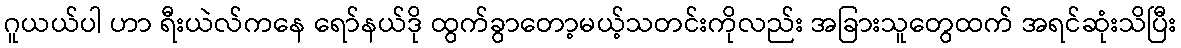
ဂူယယ်ပါ ဟာ ရီးယဲလ်ကနေ ရော်နယ်ဒို ထွက်ခွာတော့မယ့်သတင်းကိုလည်း အခြားသူတွေထက် အရင်ဆုံးသိပြီး